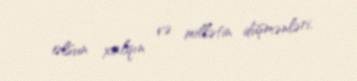
olsun xalqın və millətin düşmənləri.